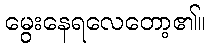
မွေးနေရလေတော့၏။